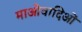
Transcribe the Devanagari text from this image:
माओवादिओं